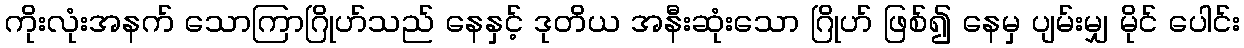
ကိုးလုံးအနက် သောကြာဂြိုဟ်သည် နေနှင့် ဒုတိယ အနီးဆုံးသော ဂြိုဟ် ဖြစ်၍ နေမှ ပျမ်းမျှ မိုင် ပေါင်း